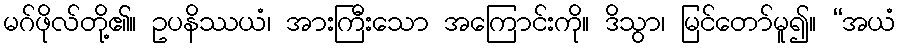
မဂ်ဖိုလ်တို့၏။ ဥပနိဿယံ၊ အားကြီးသော အကြောင်းကို။ ဒိသွာ၊ မြင်တော်မူ၍။ “အယံ